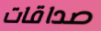
صداقات